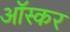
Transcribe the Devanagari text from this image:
आॅस्कर